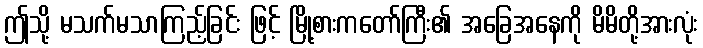
ဤသို့ မသက်မသာကြည့်ခြင်း ဖြင့် မြို့စားကတော်ကြီး၏ အခြေအနေကို မိမိတို့အားလုံး